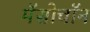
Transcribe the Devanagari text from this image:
मॅसोचॉन